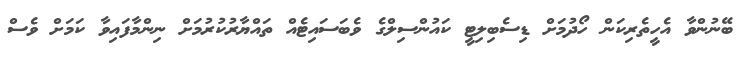
ބޭނުންވާ އެހީތެރިކަން ހޯދުމަށް ޑިސެބިލިޓީ ކައުންސިލްގެ ވެބަސައިޓެއް ތައްޔާރުކުރުމަށް ނިންމާފައިވާ ކަމަށް ވެސް